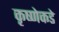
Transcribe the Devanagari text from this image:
कृष्णेकडे